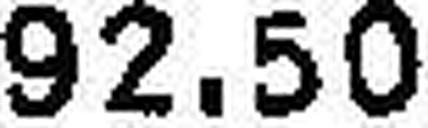
92.50